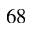
^ Ḋ 6 8 Ḍ